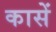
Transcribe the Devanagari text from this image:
कासें